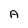
Character: A